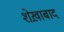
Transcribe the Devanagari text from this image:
शेख़ाबाद